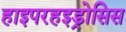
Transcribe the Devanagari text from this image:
हाइपरहइड्रोसिस